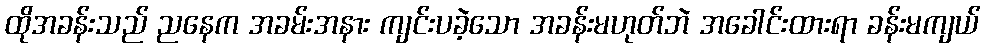
ထိုအခန်းသည် ညနေက အခမ်းအနား ကျင်းပခဲ့သော အခန်းမဟုတ်ဘဲ အခေါင်းထားရာ ခန်းမကျယ်